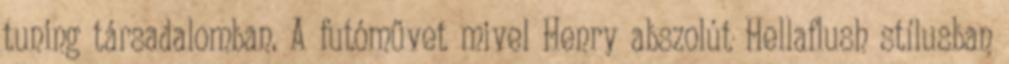
tuning társadalomban. A futóművet mivel Henry abszolút Hellaflush stílusban